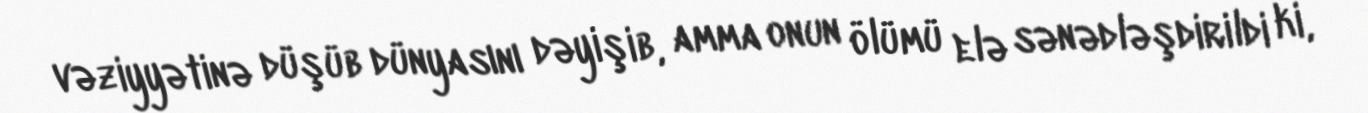
vəziyyətinə düşüb dünyasını dəyişib, amma onun ölümü elə sənədləşdirildi ki,